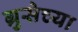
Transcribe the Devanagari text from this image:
ग्रुसेच्या